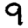
Digit: 9